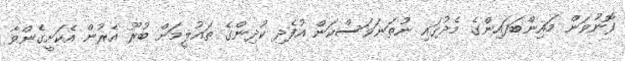
ފޮނުވަން މައިންބަފައިންގެ މެދުގައި ނުތަނަވަސްކަން އުފެދި ކުދިންގެ ތައުލީމަށް ބުރޫ އެރުން އެކަށީގެންވާ